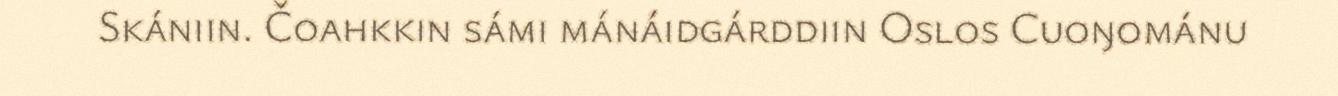
Skániin. Čoahkkin sámi mánáidgárddiin Oslos Cuoŋománu